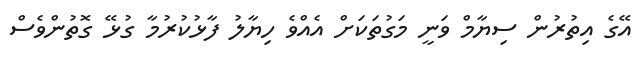
އޭގެ އިތުރުން ސިޔާމް ވަނީ މަގުތަކަށް އެއްވެ ހިޔާލު ފާޅުކުރުމާ ގުޅޭ ގޮތުންވެސް